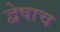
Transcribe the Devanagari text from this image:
द्वेषाच